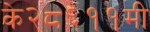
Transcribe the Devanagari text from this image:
के२८६११मी